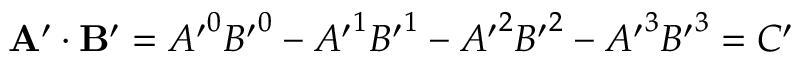
\mathbf { A } ^ { \prime } \cdot \mathbf { B } ^ { \prime } = { A ^ { \prime } } ^ { 0 } { B ^ { \prime } } ^ { 0 } - { A ^ { \prime } } ^ { 1 } { B ^ { \prime } } ^ { 1 } - { A ^ { \prime } } ^ { 2 } { B ^ { \prime } } ^ { 2 } - { A ^ { \prime } } ^ { 3 } { B ^ { \prime } } ^ { 3 } = C ^ { \prime }